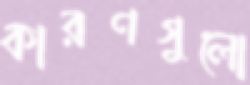
কারণগুলো